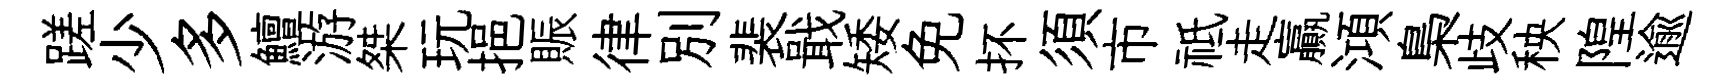
蹉少多鱣游桀玩挹賑律别裴戢矮免抔須市祗走贏澒梟歧秧隍逾